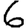
Digit: 6